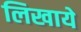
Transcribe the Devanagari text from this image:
लिखाये